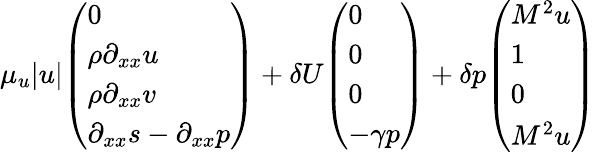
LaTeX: \mu_{u}|u|\begin{array}{l}{\left(\begin{array}{l}{0}\\ {\rho\partial_{xx}u}\\ {\rho\partial_{xx}v}\\ {\partial_{xx}s-\partial_{xx}p}\end{array}\right)}\end{array}+\delta U\begin{array}{l}{\left(\begin{array}{l}{0}\\ {0}\\ {0}\\ {-\gamma p}\end{array}\right)}\end{array}+\delta p\begin{array}{l}{\left(\begin{array}{l}{M^{2}u}\\ {1}\\ {0}\\ {M^{2}u}\end{array}\right)}\end{array}